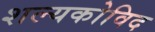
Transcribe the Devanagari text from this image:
शल्यकोविद